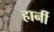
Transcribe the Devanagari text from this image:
हार्नी